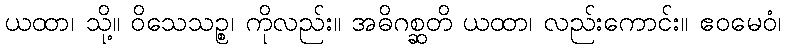
ယထာ၊ သို့။ ဝိသေသဉ္စ၊ ကိုလည်း။ အဓိဂစ္ဆတိ ယထာ၊ လည်းကောင်း။ ဧဝမေဝံ၊